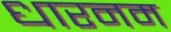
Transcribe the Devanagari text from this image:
धारनम